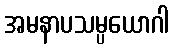
အမနာပသမ္ပယောဂါ